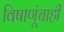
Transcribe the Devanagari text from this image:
विषाणूंचाही